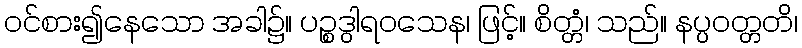
ဝင်စား၍နေသော အခါ၌။ ပဉ္စဒွါရဝသေန၊ ဖြင့်။ စိတ္တံ၊ သည်။ နပ္ပဝတ္တတိ၊